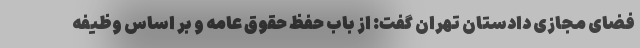
فضای مجازی دادستان تهران گفت: از باب حفظ حقوق عامه و بر اساس وظیفه